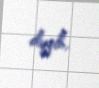
deyib.